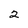
Character: 2